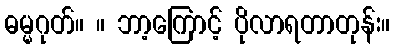
ဓမ္မဂုတ်။ ။ ဘာ့ကြောင့် ပိုလာရတာတုန်း။